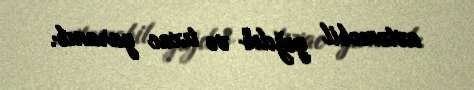
avtomobil yığılıb və tıxac yaranıb.